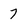
Character: 7